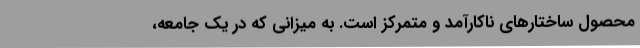
محصول ساختارهای ناکارآمد و متمرکز است. به میزانی که در یک جامعه،